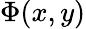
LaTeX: \Phi(x,y)